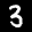
Label: 3